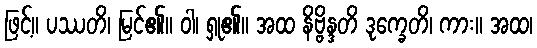
ဖြင့်။ ပဿတိ၊ မြင်၏။ ဝါ၊ ရှု၏။ အထ နိဗ္ဗိန္ဒတိ ဒုက္ခေတိ၊ ကား။ အထ၊